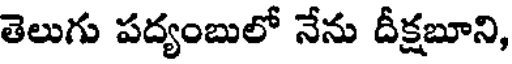
తెలుగు పద్యంబులో నేను దీక్షబూని,